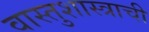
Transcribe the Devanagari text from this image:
वास्तुशास्त्राची